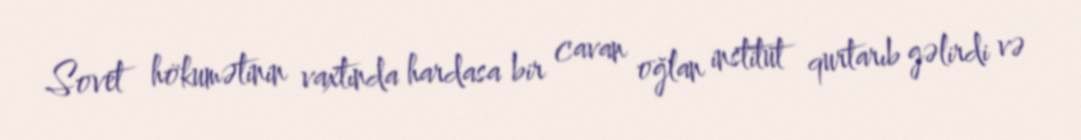
Sovet hökumətinin vaxtında hardasa bir cavan oğlan institut qurtarıb gəlirdi və